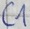
Text: C1